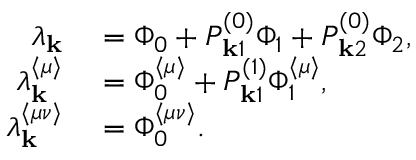
\begin{array} { r l } { \lambda _ { \mathbf { k } } } & { { } = \Phi _ { 0 } + P _ { \mathbf { k } 1 } ^ { ( 0 ) } \Phi _ { 1 } + P _ { \mathbf { k } 2 } ^ { ( 0 ) } \Phi _ { 2 } , } \\ { \lambda _ { \mathbf { k } } ^ { \langle \mu \rangle } } & { { } = \Phi _ { 0 } ^ { \langle \mu \rangle } + P _ { \mathbf { k } 1 } ^ { ( 1 ) } \Phi _ { 1 } ^ { \langle \mu \rangle } , } \\ { \lambda _ { \mathbf { k } } ^ { \langle \mu \nu \rangle } } & { { } = \Phi _ { 0 } ^ { \langle \mu \nu \rangle } . } \end{array}